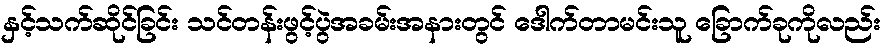
နှင့်သက်ဆိုင်ခြင်း သင်တန်းဖွင့်ပွဲအခမ်းအနားတွင် ဒေါက်တာမင်းသူ ခြောက်ခုကိုလည်း